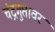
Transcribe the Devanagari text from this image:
चंद्रगुप्तावर